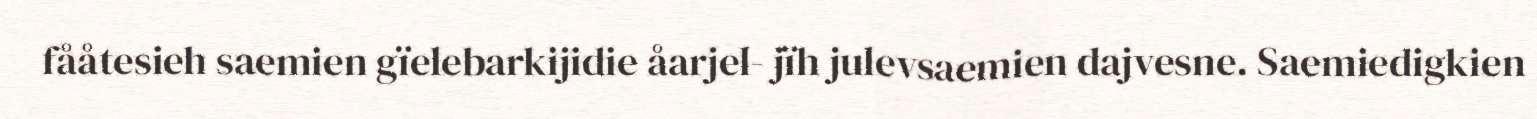
fååtesieh saemien gïelebarkijidie åarjel- jïh julevsaemien dajvesne. Saemiedigkien